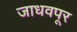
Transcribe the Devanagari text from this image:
जाधवपूर